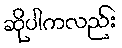
ဆိုပါကလည်း